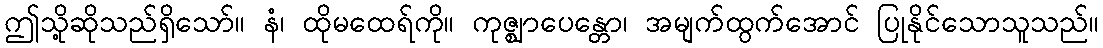
ဤသို့ဆိုသည်ရှိသော်။ နံ၊ ထိုမထေရ်ကို။ ကုဇ္ဈာပေန္တော၊ အမျက်ထွက်အောင် ပြုနိုင်သောသူသည်။